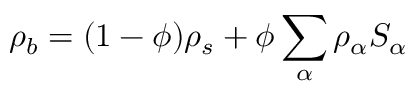
\rho _ { b } = ( 1 - \phi ) \rho _ { s } + \phi \sum _ { \alpha } \rho _ { \alpha } S _ { \alpha }